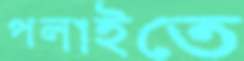
পলাইতে